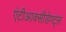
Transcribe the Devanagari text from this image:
एंटीआक्सीडेण्ट्स